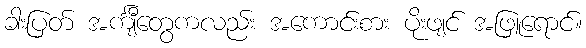
ခါးပြတ် အင်္ကျီတွေကလည်း အကောင်းစား ပိုးဖျင် အဖြူရောင်။